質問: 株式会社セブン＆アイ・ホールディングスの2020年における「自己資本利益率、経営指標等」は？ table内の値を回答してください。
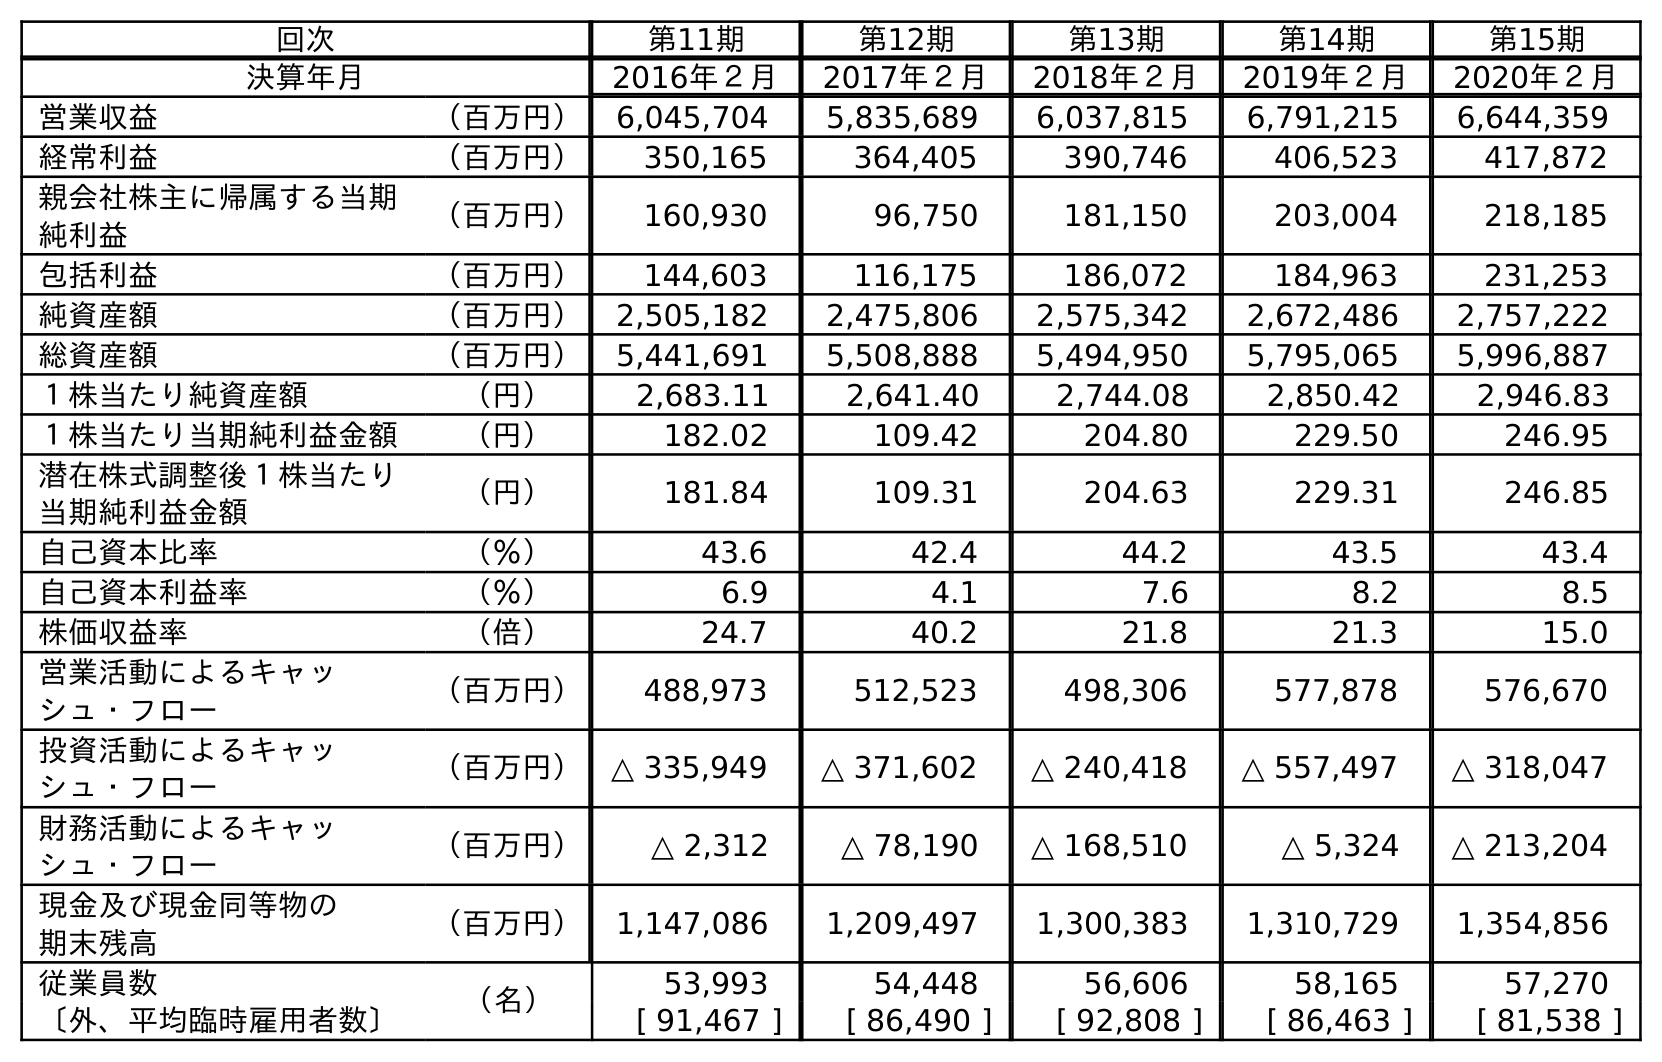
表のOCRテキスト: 回次 第11期 第12期 第13期 第14期 第15期 決算年月 2016年２月 2017年２月 2018年２月 2019年２月 2020年２月 営業収益 （百万円） 6,045,704 5,835,689 6,037,815 6,791,215 6,644,359 経常利益 （百万円） 350,165 364,405 390,746 406,523 417,872 親会社株主に帰属する当期 純利益 （百万円） 160,930 96,750 181,150 203,004 218,185 包括利益 （百万円） 144,603 116,175 186,072 184,963 231,253 純資産額 （百万円） 2,505,182 2,475,806 2,575,342 2,672,486 2,757,222 総資産額 （百万円） 5,441,691 5,508,888 5,494,950 5,795,065 5,996,887 １株当たり純資産額 （円） 2,683.11 2,641.40 2,744.08 2,850.42 2,946.83 １株当たり当期純利益金額 （円） 182.02 109.42 204.80 229.50 246.95 潜在株式調整後１株当たり 当期純利益金額 （円） 181.84 109.31 204.63 229.31 246.85 自己資本比率 （％） 43.6 42.4 44.2 43.5 43.4 自己資本利益率 （％） 6.9 4.1 7.6 8.2 8.5 株価収益率 （倍） 24.7 40.2 21.8 21.3 15.0 営業活動によるキャッ シュ・フロー （百万円） 488,973 512,523 498,306 577,878 576,670 投資活動によるキャッ シュ・フロー （百万円） △ 335,949 △ 371,602 △ 240,418 △ 557,497 △ 318,047 財務活動によるキャッ シュ・フロー （百万円） △ 2,312 △ 78,190 △ 168,510 △ 5,324 △ 213,204 現金及び現金同等物の 期末残高 （百万円） 1,147,086 1,209,497 1,300,383 1,310,729 1,354,856 従業員数 （名） 53,993 54,448 56,606 58,165 57,270 〔外、平均臨時雇用者数〕 [ 91,467 ] [ 86,490 ] [ 92,808 ] [ 86,463 ] [ 81,538 ]
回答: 8.5